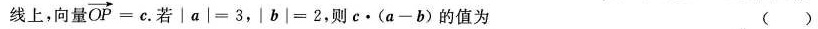
线上，向量 $$\overrightarrow { O P } = c$$. 若 $$│ a │ = 3$$，$$| b | = 2$$，则c·(a-b)的值为 ()